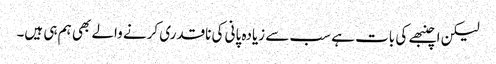
لیکن اچنبھے کی بات ہے سب سے زیادہ پانی کی ناقدری کرنے والے بھی ہم ہی ہیں۔